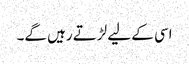
اسی کے لیے لڑتے رہیں گے۔